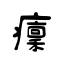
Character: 癛